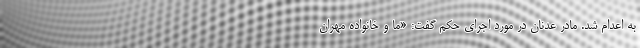
به اعدام شد. مادر عدنان در مورد اجرای حکم گفت: «ما و خانواده مهران